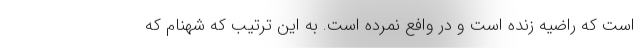
است که راضیه زنده است و در وافع نمرده است. به این ترتیب که شهنام که